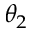
\theta _ { 2 }